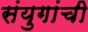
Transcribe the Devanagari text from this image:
संयुगांची